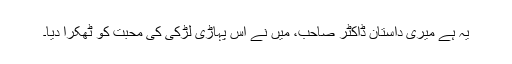
یہ ہے میری داستان ڈاکٹر صاحب، میں نے اس پہاڑی لڑکی کی محبت کو ٹھکرا دیا۔